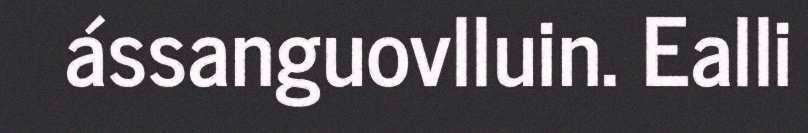
ássanguovlluin. Ealli